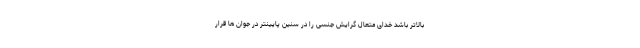
بالاتر باشد خدای متعال گرایش جنسی را در سنین پایینتر در جوان ها قرار